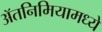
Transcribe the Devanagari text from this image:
ॲतनिमियामध्ये